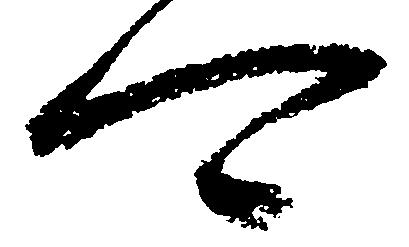
可